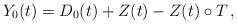
LaTeX: \begin{align*} Y_0(t)= D_0(t) + Z(t) - Z(t) \circ T \, ,\end{align*}